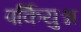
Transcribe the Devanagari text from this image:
पर्कियुश्न